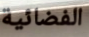
الفضائية